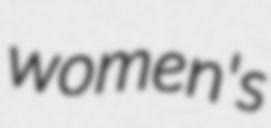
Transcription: women's